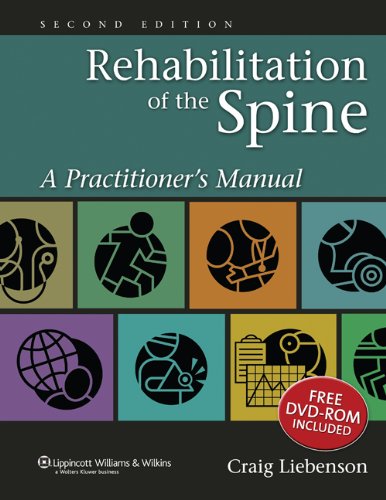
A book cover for Rehabilitation of the Spine: A Practitioner's Manual; Craig Liebenson DC; Medical Books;